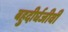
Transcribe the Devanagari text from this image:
बहुदीर्घजीवी